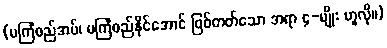
(မကြံစည်အပ်၊ မကြံစည်နိုင်အောင် ဖြစ်တတ်သော အရာ ၄-မျိုး ဟူလို။)